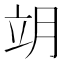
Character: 𦚎